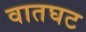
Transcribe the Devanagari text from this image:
वातघट